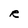
Character: R